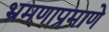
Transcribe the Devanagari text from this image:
भ्रमणाप्रमाणे